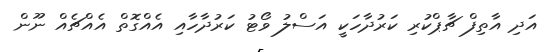
އަދި އާތިފް ޗާޕްކުރި ކަރުދާހަކީ އަސްލު ވޯޓު ކަރުދާހާއި އެއްގޮތް އެއްޗެއް ނޫން